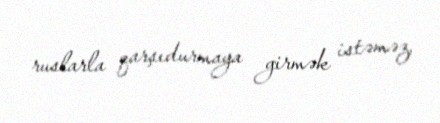
ruslarla qarşıdurmaya girmək istəməz.